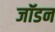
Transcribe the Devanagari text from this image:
जॉडन